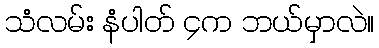
သံလမ်း နံပါတ် ၄က ဘယ်မှာလဲ။